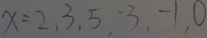
x = 2 , 3 , 5 , 3 , - 1 , 0